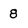
Character: 8